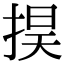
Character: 𢮚